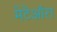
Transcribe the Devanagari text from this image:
मेटेऑरा